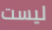
ليست